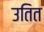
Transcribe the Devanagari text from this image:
उतित